Riigikantselei, lk 42
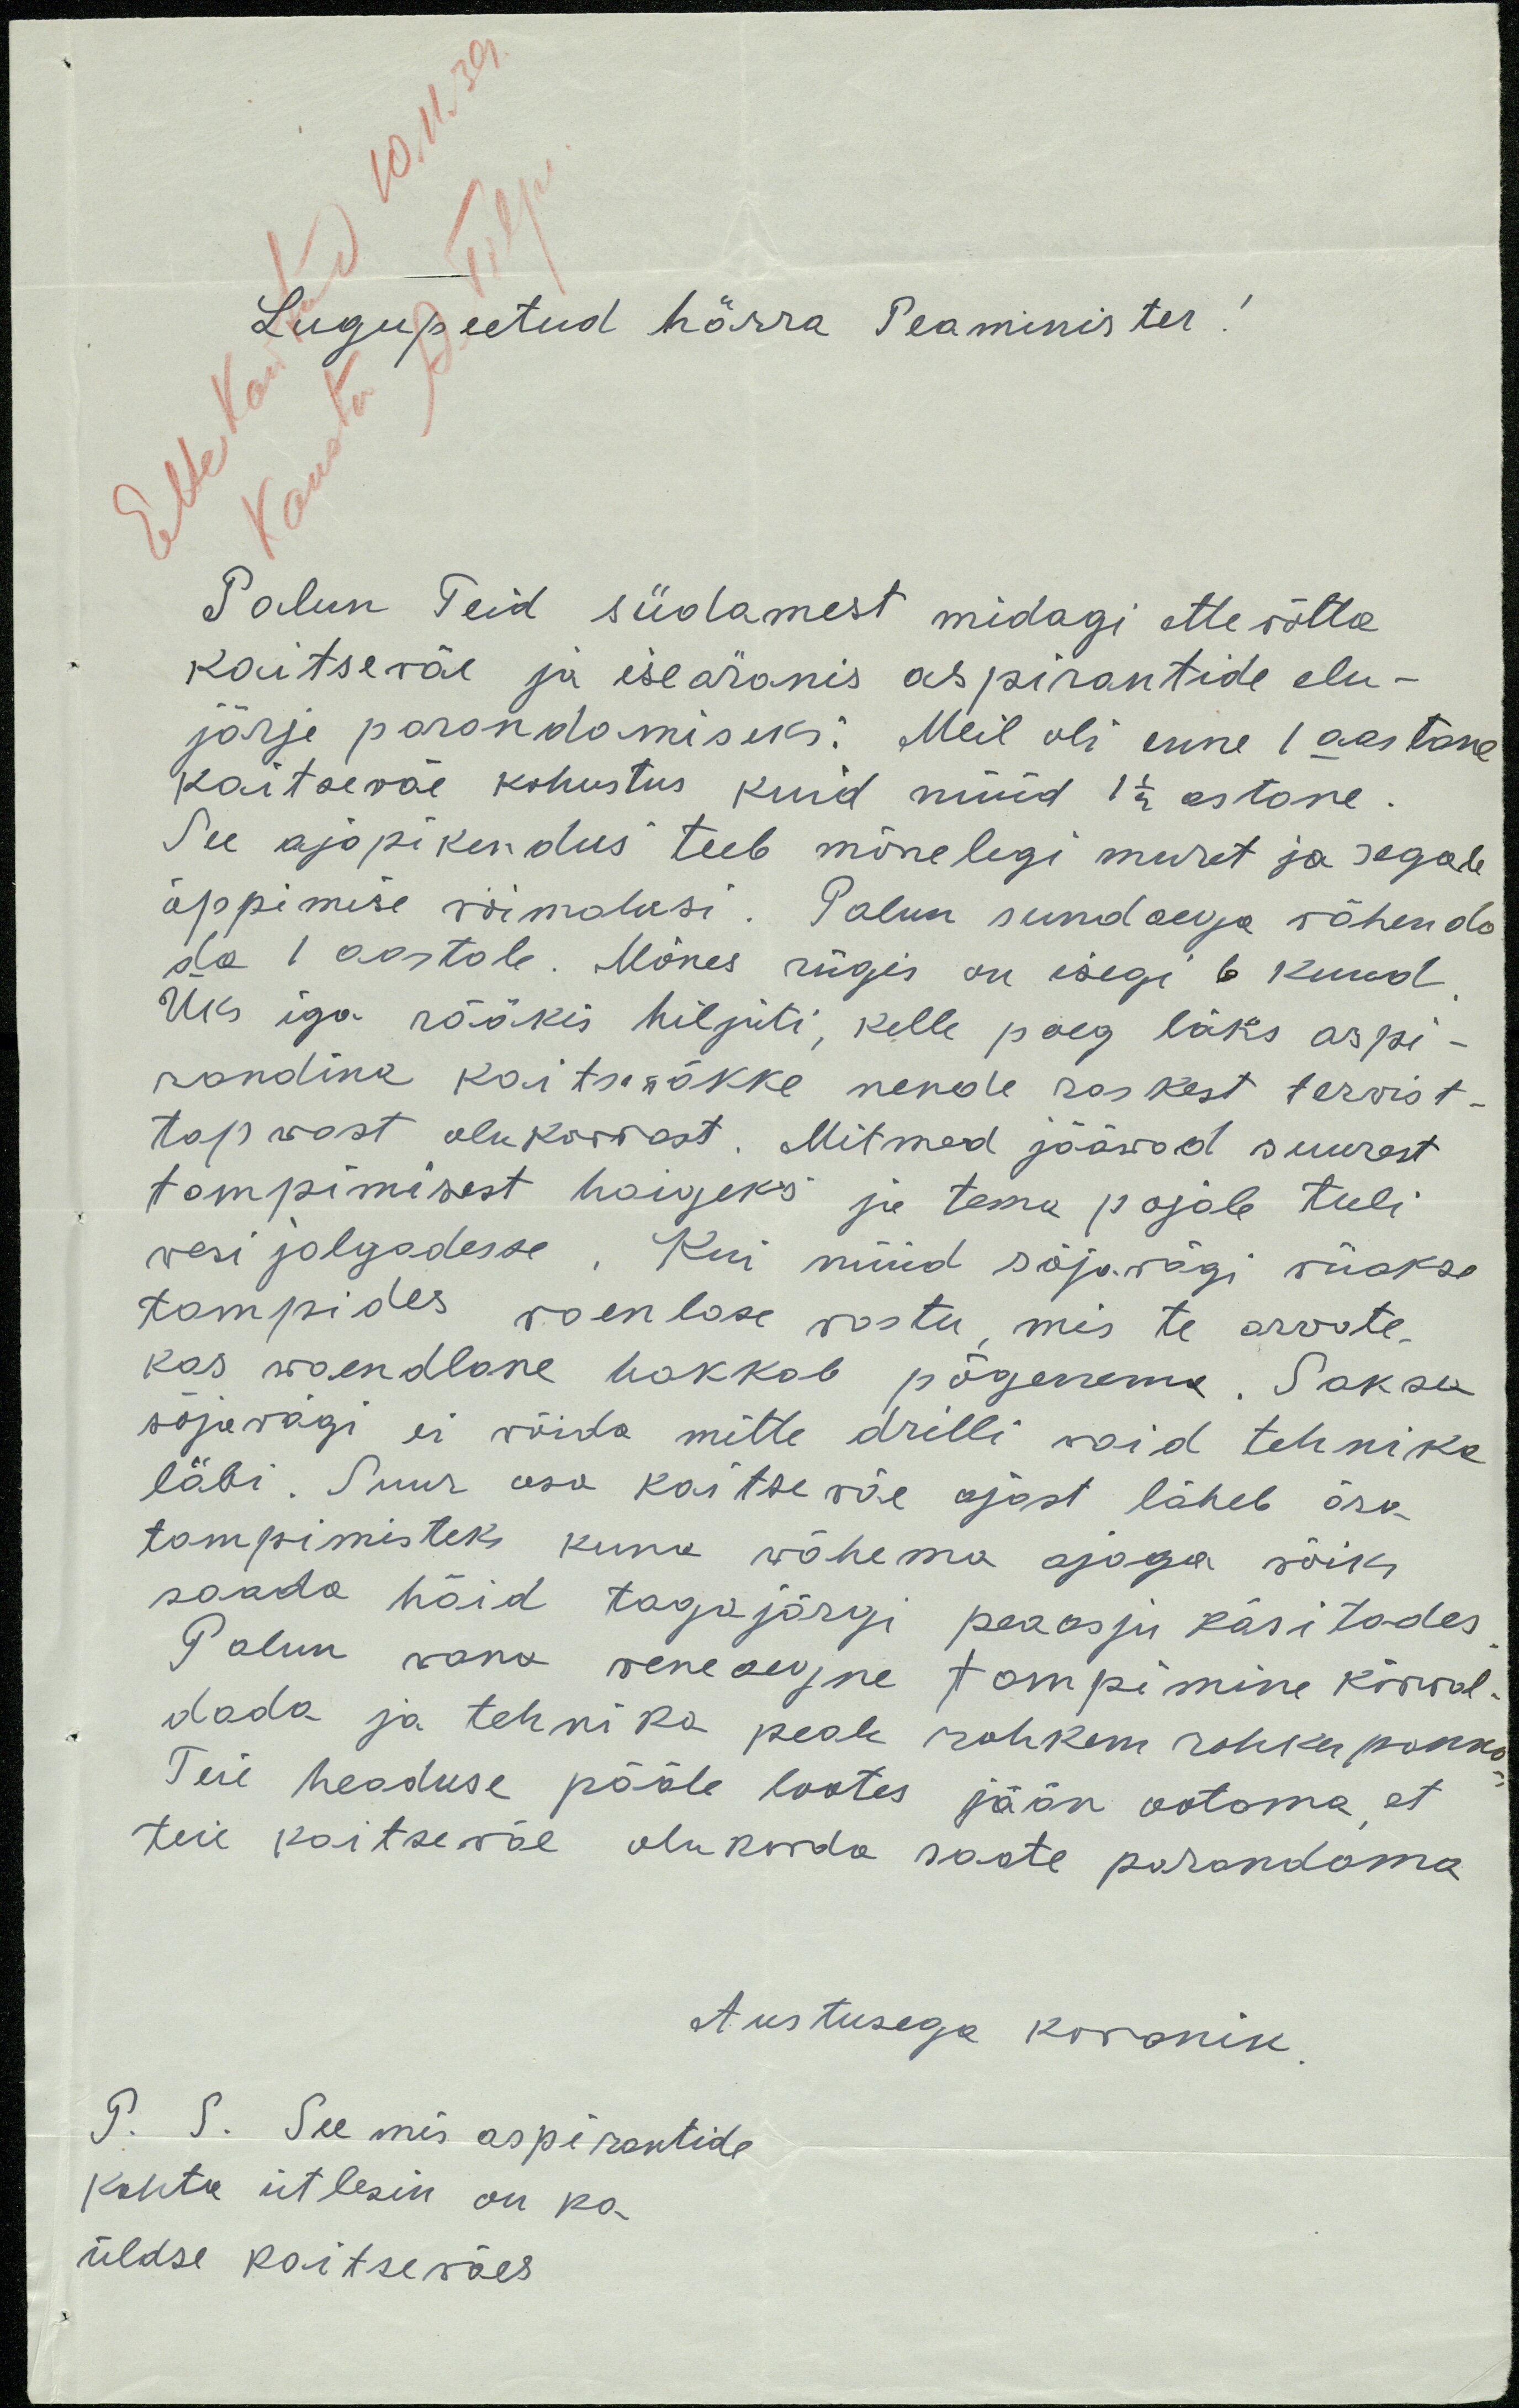
Lugupeetud härra Peaminister!
Palun Teid südamest midagi ette võtta
kaitseväe ja iseäranis aspirantide elu-
järje parandamiseks: Meil oli enne 1 aastane
kaitseväe kohustus kuid nüüd 1 1/2 astane
See ajapikendus teeb mõnelegi muret ja segab
õppimise vöimalusi. Palun sundaega vähenda
da 1 aastale. Mõnes riigis on isegi 6 kuud
Üks iga rääkis hiljuti, kelle poeg läks aspi-
randina kaitseväkke nende raskest tervist-
tapvast olukorrast. Mitmed jääwad suurest
tampimisest haigeks ja tema pojale tuli
vesi jalgadesse. Kui nüüd sõjavägi viiakse
tampides vaenlase vastu, mis te arvate,
kas waendlane hakkab põgenema. Saksa
sõjavägi ei võida mitte drilli vaid tehnika
läbi. Suur osa kaitseväe ajast läheb ära
tampimisteks kuna wähema ajaga võiks
saada häid tagajärgi peaasju käsitades.
Palun vana veneaegne tompimine kõrval
dada ja tehnika peale rohkem rohku panna
Teie headuse pääle lootes jään ootoma, et
teie kaitsewäe olukorda saate parandama.
Austusega kodanik
P. S. See mis aspirantide
kohta ütlesin on ka
üldse kaitseväes